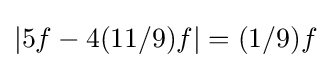
|5f-4(11/9)f|=(1/9)f